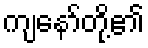
ကျနော်တို့၏